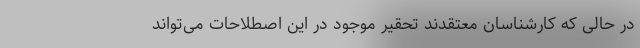
در حالی که کارشناسان معتقدند تحقیر موجود در این اصطلاحات می‌تواند